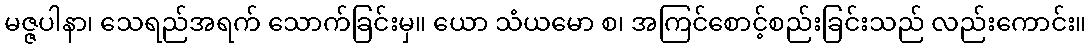
မဇ္ဇပါနာ၊ သေရည်အရက် သောက်ခြင်းမှ။ ယော သံယမော စ၊ အကြင်စောင့်စည်းခြင်းသည် လည်းကောင်း။